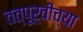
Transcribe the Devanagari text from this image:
तत्पूर्वीच्या